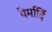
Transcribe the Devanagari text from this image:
पेर्मार्दि